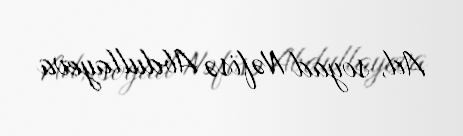
Ad, soyad Nəfisə Abdullayeva